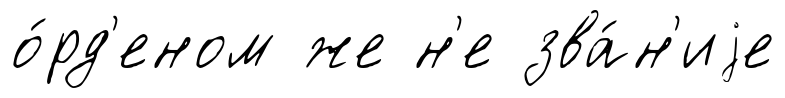
о́рд'еном же н'е зва́н'иjе